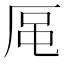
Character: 𪠈